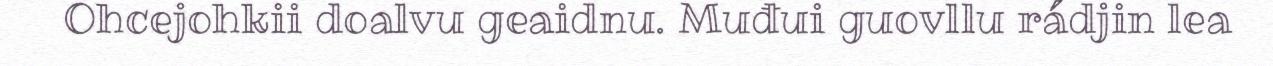
Ohcejohkii doalvu geaidnu. Muđui guovllu rádjin lea